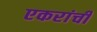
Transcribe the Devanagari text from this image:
एकरांची